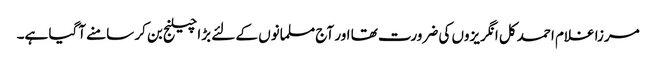
مرزا غلام احمد کل انگریزوں کی ضرورت تھا اور آج مسلمانوں کے لئے بڑا چیلنج بن کر سامنے آگیا ہے۔